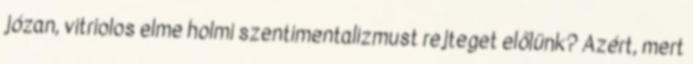
józan, vitriolos elme holmi szentimentalizmust rejteget előlünk? Azért, mert